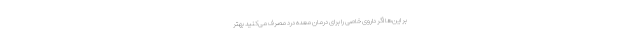
بر این‌ها اگر داروی خاصی را برای درمان معده درد مصرف می‌کنید بهتر